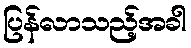
ပြန်လာသည့်အခါ